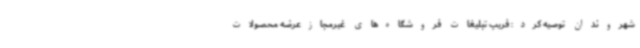
شهروندان توصیه کرد: فریب تبلیغات فروشگاه‌های غیرمجازعرضه محصولات